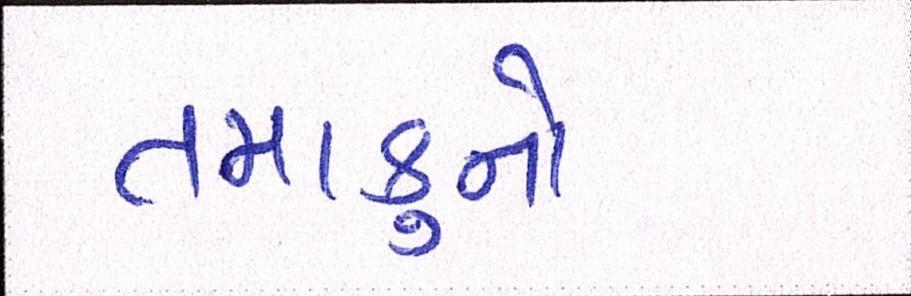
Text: તમાકુનો